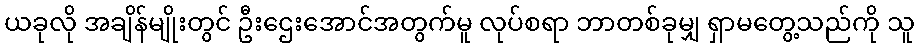
ယခုလို အချိန်မျိုးတွင် ဦးဌေးအောင်အတွက်မူ လုပ်စရာ ဘာတစ်ခုမျှ ရှာမတွေ့သည်ကို သူ